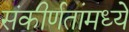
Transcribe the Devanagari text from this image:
संकीर्णतांमध्ये